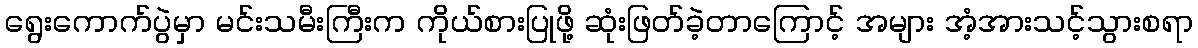
ရွေးကောက်ပွဲမှာ မင်းသမီးကြီးက ကိုယ်စားပြုဖို့ ဆုံးဖြတ်ခဲ့တာကြောင့် အများ အံ့အားသင့်သွားစရာ